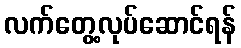
လက်တွေ့လုပ်ဆောင်ရန်